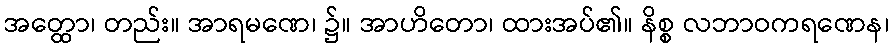
အတ္ထော၊ တည်း။ အာရမဏေ၊ ၌။ အာဟိတော၊ ထားအပ်၏။ နိစ္စ လဘာဝကရဏေန၊